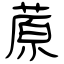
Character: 蒝